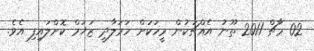
02 މާޗް 2011 ތޫނު އެއްޗަކުން މީހަކަށް ހަމަލާދީ ޒަޚަމް ކޮށްލައިފި އެވެ.